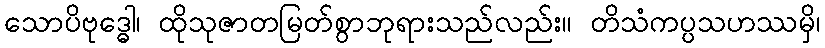
သောပိဗုဒ္ဓေါ၊ ထိုသုဇာတမြတ်စွာဘုရားသည်လည်း။ တိသံကပ္ပသဟဿမှိ၊